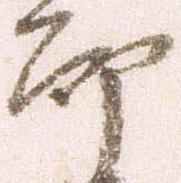
郎